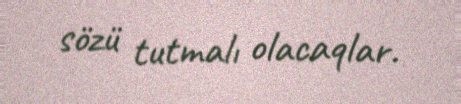
sözü tutmalı olacaqlar.